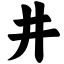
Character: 井